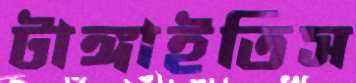
টাঙ্গাইতিস